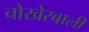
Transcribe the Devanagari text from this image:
चोखेरबाली